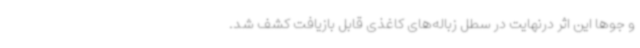
و جوها این اثر درنهایت در سطل زباله‌های کاغذی قابل بازیافت کشف شد.